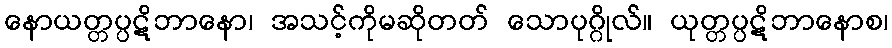
နောယတ္တပ္ပဋိဘာနော၊ အသင့်ကိုမဆိုတတ် သောပုဂ္ဂိုလ်။ ယုတ္တပ္ပဋိဘာနောစ၊